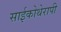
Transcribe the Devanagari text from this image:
साईकोथेरापी